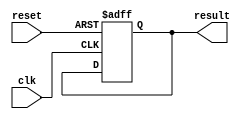
module loop_with_conditionals(
  input wire clk,
  input wire reset,
  output reg result
);

reg [3:0] counter;

always @(posedge clk or posedge reset) begin
  if (reset) begin
    counter <= 0;
    result <= 0;
  end else begin
    case (counter)
      0: begin
        // Code block 1
        if (condition_1) begin
          // Execute code based on condition
        end
        counter <= counter + 1;
      end
      
      1: begin
        // Code block 2
        if (condition_2) begin
          // Execute code based on condition
        end
        counter <= counter + 1;
      end
      
      // add more cases as needed
      
      default: begin
        // Default case
        counter <= 0;
        // Reset counter to loop back to beginning
      end
    endcase
  end
end

endmodule